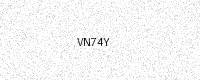
Text: VN74Y